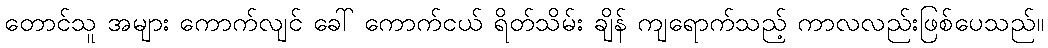
တောင်သူ အများ ကောက်လျင် ခေါ် ကောက်ငယ် ရိတ်သိမ်း ချိန် ကျရောက်သည့် ကာလလည်းဖြစ်ပေသည်။